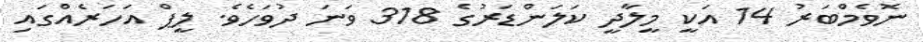
ނޮވެމްބަރު 14 އަކީ މީލާދީ ކަލަންޑަރުގެ 318 ވަނަ ދުވަހެވެ. ލީޕް އަހަރެއްގައި